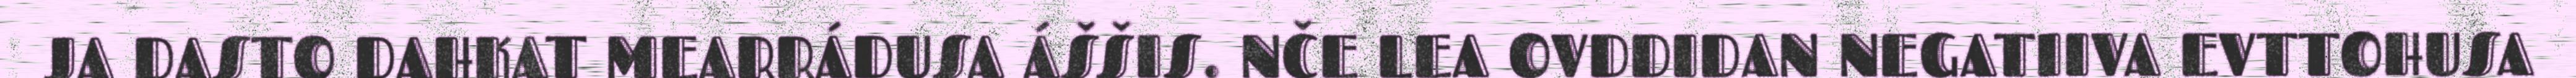
JA DASTO DAHKAT MEARRÁDUSA ÁŠŠIS. NČE LEA OVDDIDAN NEGATIIVA EVTTOHUSA